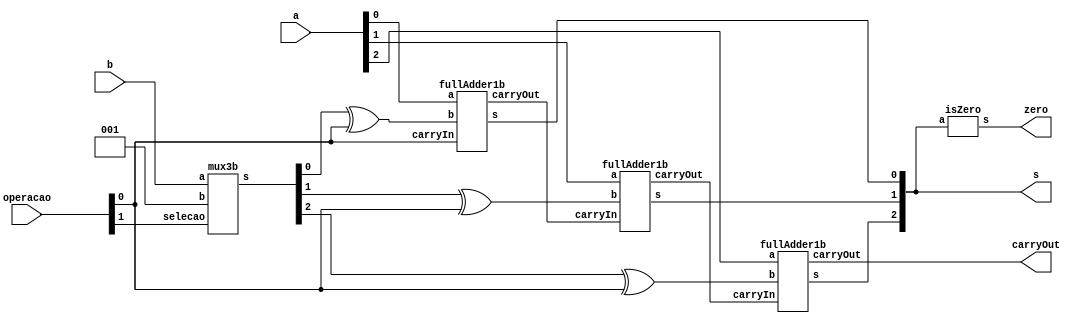
// -------------------------
// Exemplo0033  Soma/Sub c/ Zero flag ou incremento/decremento selecionavel
// Nome: Willian Antonio dos Santos
// -------------------------
// -------------------------
// Alu  com Somador e Subtrator com Zero flag 3 bits ou incremento/decremento selecionavel.
// se operacao = 00 - Soma de a e b
//             = 01 - Subtracao de a e b
//             = 10 - Incrementa a e ignora b
//             = 11 - decrementa a e ignora b
// -------------------------
module Alu3b (output [2:0] s, output carryOut, output zero, input [2:0] a, input [2:0] b, input [1:0] operacao);
       wire carryOut1, carryOut2;
       wire [2:0] s1;
       wire [2:0] s2;
       reg [2:0] unidade = 1;
       mux3b Mx31(s1, b, unidade, operacao[1]);
       xor X1(s2[0],s1[0],operacao[0]);
       xor X2(s2[1],s1[1],operacao[0]);
       xor X3(s2[2],s1[2],operacao[0]);
       fullAdder1b FA1(s[0],carryOut1,a[0],s2[0],operacao[0]);
       fullAdder1b FA2(s[1],carryOut2,a[1],s2[1],carryOut1);
       fullAdder1b FA3(s[2],carryOut,a[2],s2[2],carryOut2);
       isZero Z1(zero, s);
endmodule
// -------------------------
// full adder 1 bit
// -------------------------
module fullAdder1b (output s, output carryOut, input a, input b, input carryIn);
       wire s1, s2, s3, s4;
       xor X4(s1, a, b);
       xor X5(s, s1, carryIn);
       and A1(s2, a, b);
       and A2(s3, a, carryIn);
       and A3(s4, carryIn, b);
       or O1(carryOut, s2, s3, s4);
endmodule
// -------------------------
// verifica se a entrada esta em zero, 3 bits
// -------------------------
module isZero(output s, input [2:0] a);
       nor NO1(s, a[0], a[1], a[2]);
endmodule
// -------------------------
// Mux para selecionar entre 2 entradas de 3 bits
// -------------------------
module mux3b (output [2:0] s, input [2:0] a, input [2:0] b, input selecao);
       mux Mx1 (s[0],b[0],a[0],selecao);
       mux Mx2 (s[1],b[1],a[1],selecao);
       mux Mx3 (s[2],b[2],a[2],selecao);
endmodule // mux3b
// -------------------------
// Mux para selecionar entre duas saidas
// -------------------------
module mux (output s, input a, input b, input selecao);
       wire selecao2,s7,s8;
       not N1 ( selecao2, selecao);
       and A4 ( s7, a, selecao);
       and A5 ( s8, b, selecao2);
       or O2 ( s, s7, s8);
endmodule // mux
// Testes
module test_Alu3b;
       // ------------------------- definir dados
       reg [2:0] x;
       reg [2:0] y;
       reg [1:0] selecao;
       wire carryOUT;
       wire zeroFlag;
       wire [2:0] somaSub;
       Alu3b A31(somaSub, carryOUT, zeroFlag, x, y, selecao);
       // ------------------------- parte principal
       initial begin
               $display("Exemplo0033 - Willian Antonio dos Santos - 462020");
               $display("Test ALU's Soma/Sub com zero flag ou incremento/decremento.\n");
               $display("CarryOUT nao tem valor na representacao.");
               $display("\nSe operacao for igual a 00 ou 01 entao e' realizado soma ou subtracao;\nse 10 ou 11, entao incremento ou decremento respectivamente.\n");
               x = 0; y = 0; selecao = 0;
               $monitor("Valor1: %3b | operacao : %2b | Valor2: %3b = %3b | CarryOut: %b | Zero Flag = %b", x, selecao, y, somaSub, carryOUT, zeroFlag);
               repeat (7) begin
                      #1 y = y + 1;
               end
               #1 $display("-----------------------------------------------------------------------------");
               repeat (7) begin
                      #1 x = x + 1;y = y + 1;
                      repeat (7) begin
                             #1 y = y + 1;
                      end
                      #1 $display("-----------------------------------------------------------------------------");
               end
               #1 x = 0; y = 0; selecao = 1;
               repeat (7) begin
                      #1 y = y + 1;
               end
               #1 $display("-----------------------------------------------------------------------------");
               repeat (7) begin
                      #1 x = x + 1;y = y + 1;
                      repeat (7) begin
                             #1 y = y + 1;
                      end
                      #1 $display("-----------------------------------------------------------------------------");
               end
               #1 x = 0; y = 0; selecao = 2;
               repeat (7) begin
                      #1 y = y + 1;
               end
               #1 $display("-----------------------------------------------------------------------------");
               repeat (7) begin
                      #1 x = x + 1;y = y + 1;
                      repeat (7) begin
                             #1 y = y + 1;
                      end
                      #1 $display("-----------------------------------------------------------------------------");
               end
               #1 x = 0; y = 0; selecao = 3;
               repeat (7) begin
                      #1 y = y + 1;
               end
               #1 $display("-----------------------------------------------------------------------------");
               repeat (7) begin
                      #1 x = x + 1;y = y + 1;
                      repeat (7) begin
                             #1 y = y + 1;
                      end
                      #1 $display("-----------------------------------------------------------------------------");
               end
       end
endmodule